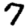
Digit: 7